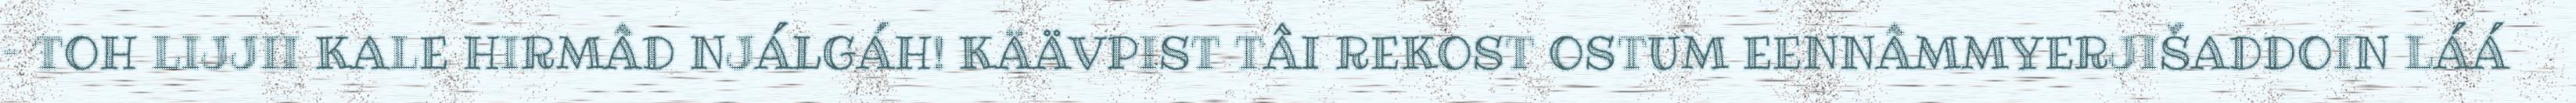
– TOH LIJJII KALE HIRMÂD NJÁLGÁH! KÄÄVPIST TÂI REKOST OSTUM EENNÂMMYERJIŠADDOIN LÁÁ